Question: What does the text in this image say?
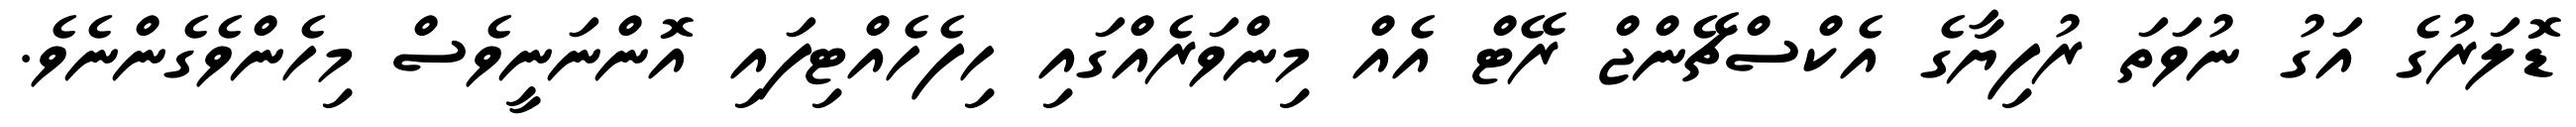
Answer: ޑޮލަރުގެ އަގު ނުވަތަ ރުފިޔާގެ އެކްސްޗޭންޖް ރޭޓް އެއް މިންވަރެއްގައި ހިފެހެއްޓިފައި އޮންނަނީވެސް މިހެންވެގެންނެވެ.